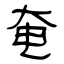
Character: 奄